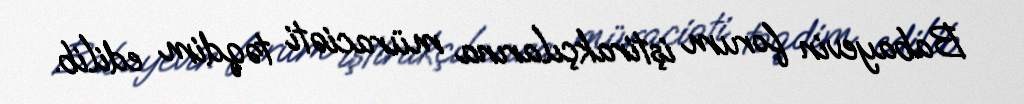
Babayevin forum iştirakçılarına müraciəti təqdim edilib.